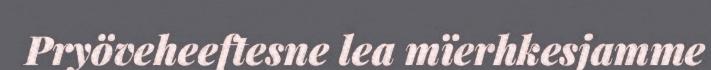
Pryöveheeftesne lea mïerhkesjamme